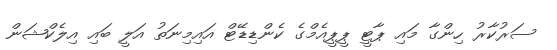
ސަރުކާރު ހިންގާ މައި ޕާޓީ ޕީޕީއެމްގެ ކެންޑިޑޭޓް އައިމިނަތު އަލީ ބައި އިލެކްޝަން